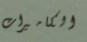
الكاميرات